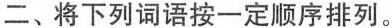
二、将下列词语按一定顺序排列。